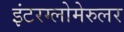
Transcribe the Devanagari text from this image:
इंटरग्लोमेरुलर